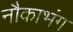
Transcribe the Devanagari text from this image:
नौकाभंग